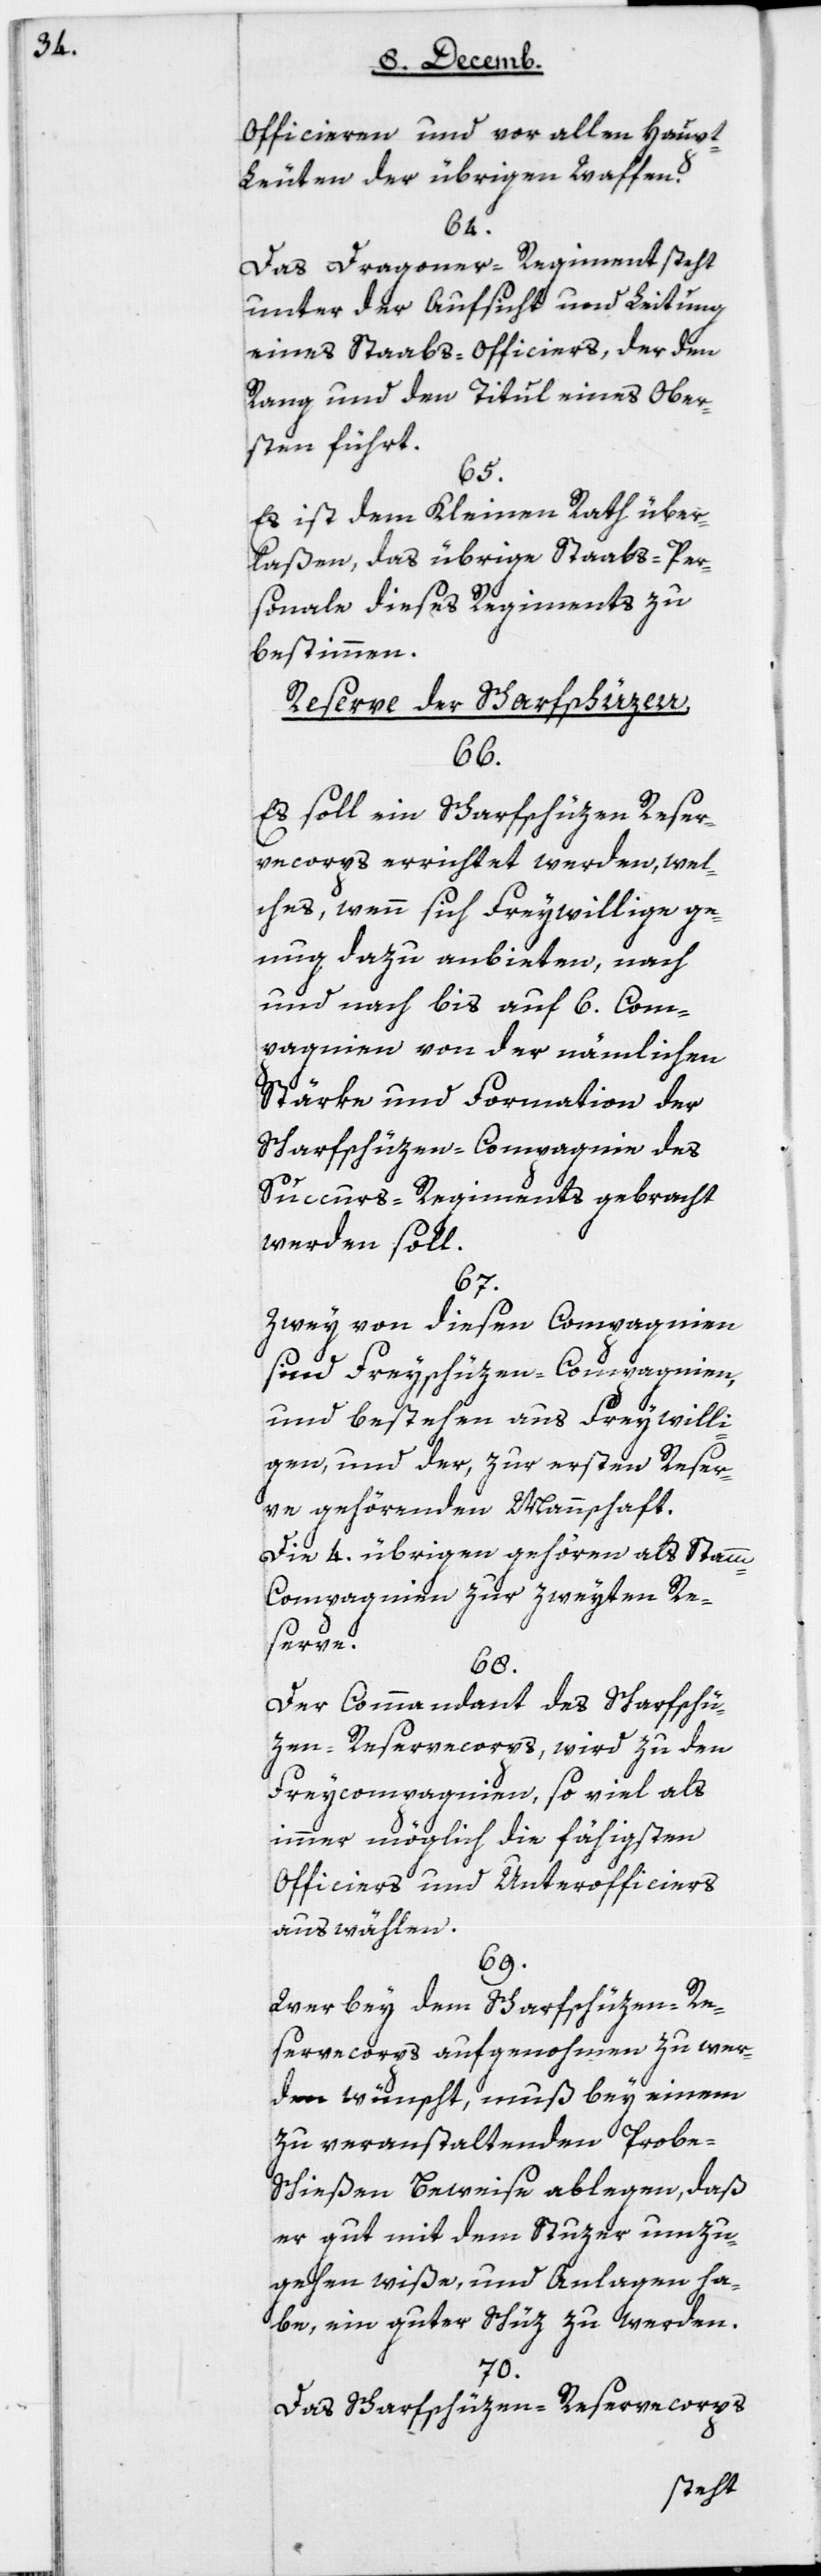
Officieren und vor allen Haupt¬
leuten der übrigen Waffen.
64.
Das Dragoner-Regiment steht
unter der Aufsicht und Leitung
eines Staabs-Officiers, der den
Rang und den Titul eines Ober¬
sten führt.
65.
Es ist dem Kleinen Rath über¬
laßen, das übrige Staabs-Per¬
sonale dieses Regiments zu
bestimmen.
Reserve der Scharfschüzen.
66.
Es soll ein Scharfschüzen-Reser¬
ve-corps errichtet werden, wel¬
ches, wenn sich Freywillige ge¬
nug dazu anbieten, nach
und nach bis auf 6 Com¬
pagnien von der nämlichen
Stärke und Formation der
Scharfschüzen-Compagnie des
Succurs-Regiments gebracht
werden soll.
67.
Zwey von diesen Compagnien
sind Freyschüzen-Compagnien,
und bestehen aus Freywilli¬
gen, und der, zur ersten Reser¬
ve gehörenden Mannschaft.
Die 4 übrigen gehören als Stam¬
m-Compagnien zur zweyten Re¬
serve.
68.
Der Commandant des Scharfschü¬
zen-Reservecorps, wird zu den
Freycompagnien, so viel als
immer möglich die fähigsten
Officiers und Unterofficiers
auswählen.
69.
Wer bey dem Scharfschüzen-Re¬
servecorps aufgenohmen zu wer¬
den wünscht, muß bey einem
zu veranstaltenden Probe-S¬
chießen Beweise ablegen, daß
er gut mit dem Stutzer umzu¬
gehen wiße, und Anlagen ha¬
be, ein guter Schüz zu werden.
70.
Das Scharfschüzen-Reservecorps